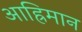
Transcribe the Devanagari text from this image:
आह्रिमान